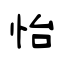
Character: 怡